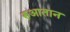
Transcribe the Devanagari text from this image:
रुआतान